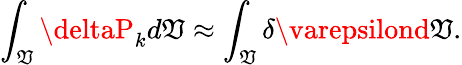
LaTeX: \int_{\mathfrak{V}}\deltaP_{k}d\mathfrak{V}\approx\int_{\mathfrak{V}}\delta\varepsilond\mathfrak{V}.